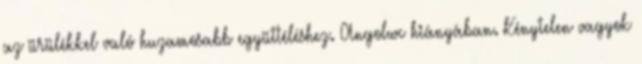
az ürülékkel való huzamosabb együttéléshez. Angolwc hiányában. Kénytelen vagyok